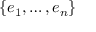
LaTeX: \{ e _ { 1 } , \ldots , e _ { n } \}